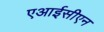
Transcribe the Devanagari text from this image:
एआईसीएन